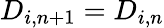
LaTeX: D_{i,n+1}=D_{i,n}